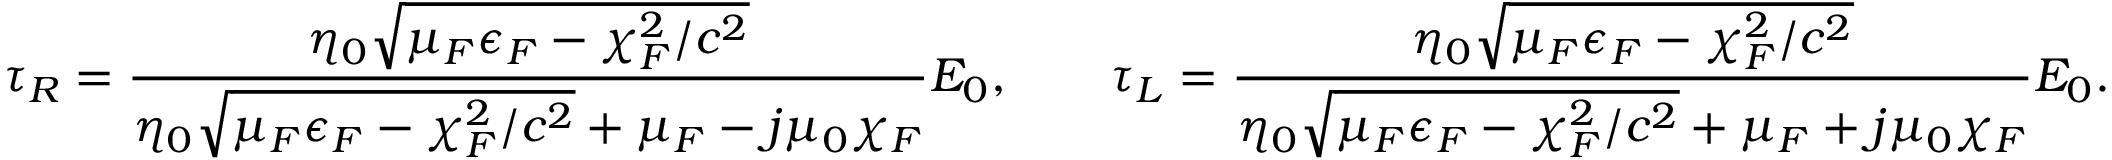
\tau _ { \/ R } = \frac { \eta _ { 0 } \sqrt { \mu _ { \/ F } \epsilon _ { \/ F } - \chi _ { \/ F } ^ { 2 } / c ^ { 2 } } } { \eta _ { 0 } \sqrt { \mu _ { \/ F } \epsilon _ { \/ F } - \chi _ { \/ F } ^ { 2 } / c ^ { 2 } } + \mu _ { \/ F } - j \mu _ { 0 } \chi _ { \/ F } } E _ { 0 } , \qquad \tau _ { \/ L } = \frac { \eta _ { 0 } \sqrt { \mu _ { \/ F } \epsilon _ { \/ F } - \chi _ { \/ F } ^ { 2 } / c ^ { 2 } } } { \eta _ { 0 } \sqrt { \mu _ { \/ F } \epsilon _ { \/ F } - \chi _ { \/ F } ^ { 2 } / c ^ { 2 } } + \mu _ { \/ F } + j \mu _ { 0 } \chi _ { \/ F } } E _ { 0 } .